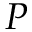
P